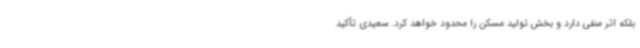
بلکه اثر منفی دارد و بخش تولید مسکن را محدود خواهد کرد. سعیدی تأکید